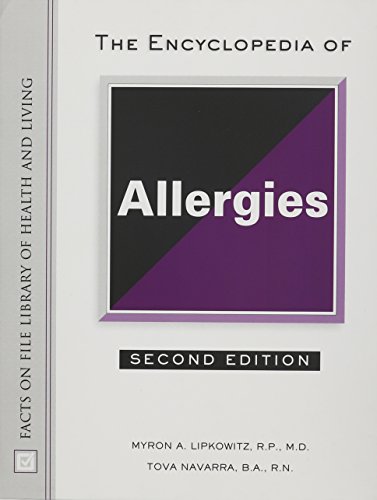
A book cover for The Encyclopedia of Allergies (Facts on File Library of Health and Living); Myron A. Lipkowitz; Health, Fitness & Dieting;